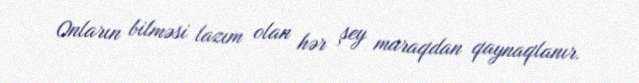
Onların bilməsi lazım olan hər şey maraqdan qaynaqlanır.